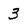
Character: 3